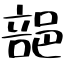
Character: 郶